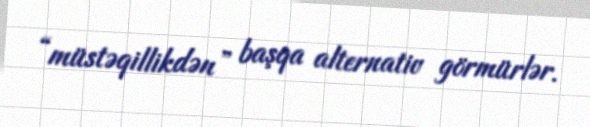
“müstəqillikdən” başqa alternativ görmürlər.